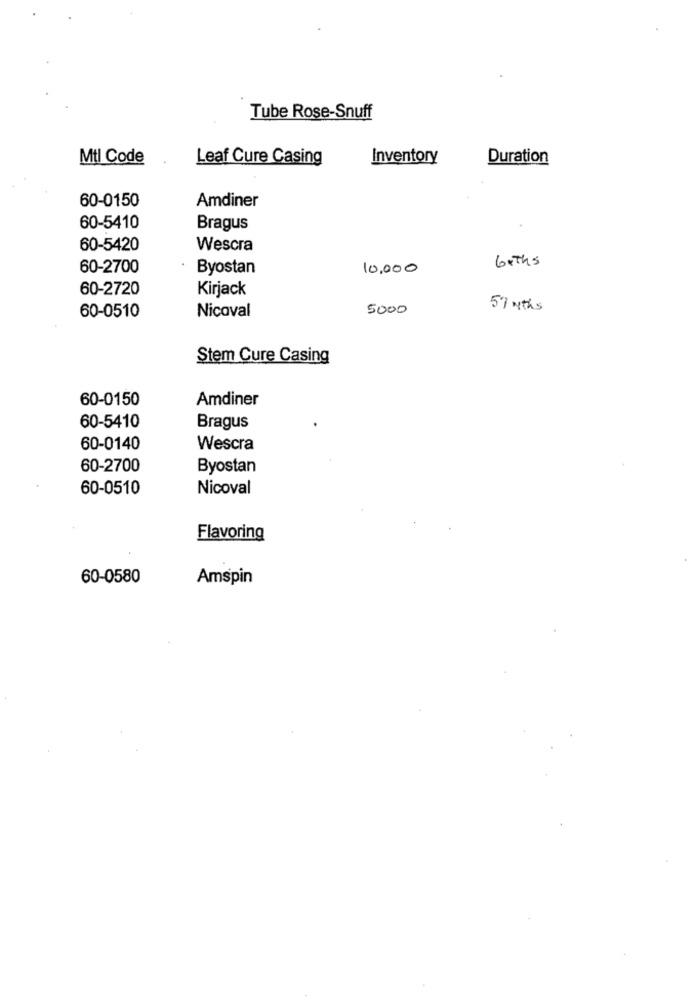
Tube Rose-Snuff
Mtl Code
Leaf Cure Casing
Inventory
Duration
60-0150
Amdiner
60-5410
Bragus
60-5420
Wescra
baths
60-2700
Byostan
10,000
60-2720
Kirjack
Nicoval
5000
57 ths
60-0510
Stem Cure Casing
60-0150
Amdiner
60-5410
Bragus
60-0140
Wescra
60-2700
Byostan
60-0510
Nicoval
Flavoring
60-0580
Amspin